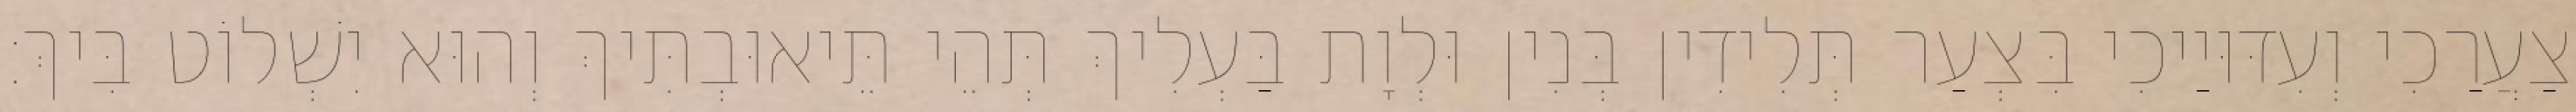
צַעֲרַכִי וְעִדּוּיַיכִי בִּצְעַר תְּלִידִין בְּנִין וּלְוָת בַּעְלִיךְ תְּהֵי תֵּיאוּבְתִּיךְ וְהוּא יִשְׁלוֹט בִּיךְ׃